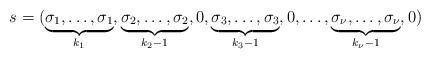
LaTeX: \begin{align*} s = (\underbrace{\sigma_1,\ldots ,\sigma_1}_{k_1},\underbrace{\sigma_2,\ldots ,\sigma_2}_{k_2-1},0,\underbrace{\sigma_3,\ldots,\sigma_3}_{k_3-1},0,\ldots ,\underbrace{\sigma_{\nu},\ldots ,\sigma_{\nu}}_{k_{\nu}-1},0)\end{align*}